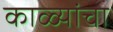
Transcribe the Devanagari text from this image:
काळ्यांचा